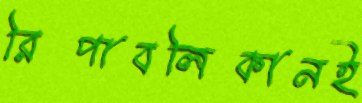
রিপাবলিকানই